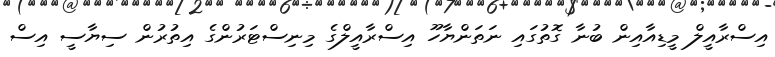
އިސްރާއީލް މީޑިއާއިން ބުނާ ގޮތުގައި ނަތަންޔާހޫ އިސްރާއީލްގެ މިނިސްޓަރުންގެ އިތުރުން ސިޔާސީ އިސް